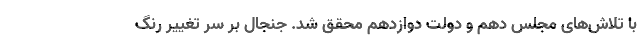
با تلاش‌های مجلس دهم و دولت دوازدهم محقق شد. جنجال بر سر تغییر رنگ